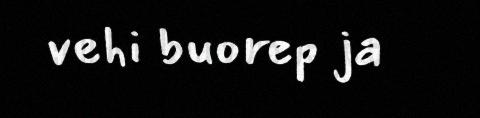
vehi buorep ja